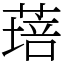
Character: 𦹷